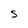
Character: S